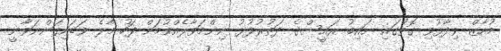
މުއާޒް ވިދާޅުވި ގޮތުގައި ނައިބު ރައީސްގެ ދަތުރުފުޅު ނިންމަވާލެއްވުމަށް ފަހު މާލެ ވަޑައިގަންނަވާނީ